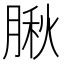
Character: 䐐